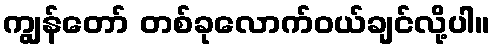
ကျွန်တော် တစ်ခုလောက်ဝယ်ချင်လို့ပါ။